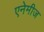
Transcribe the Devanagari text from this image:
एनेमीज